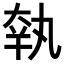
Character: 𡘺